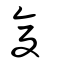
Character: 复